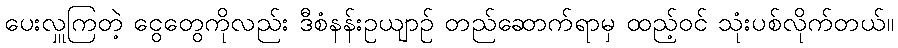
ပေးလှူကြတဲ့ ငွေတွေကိုလည်း ဒီစံနန်းဥယျာဉ် တည်ဆောက်ရာမှ ထည့်ဝင် သုံးပစ်လိုက်တယ်။